Annual administration report of the Civil Veterinary Department, Sind - 1938-1939
Year: 1938
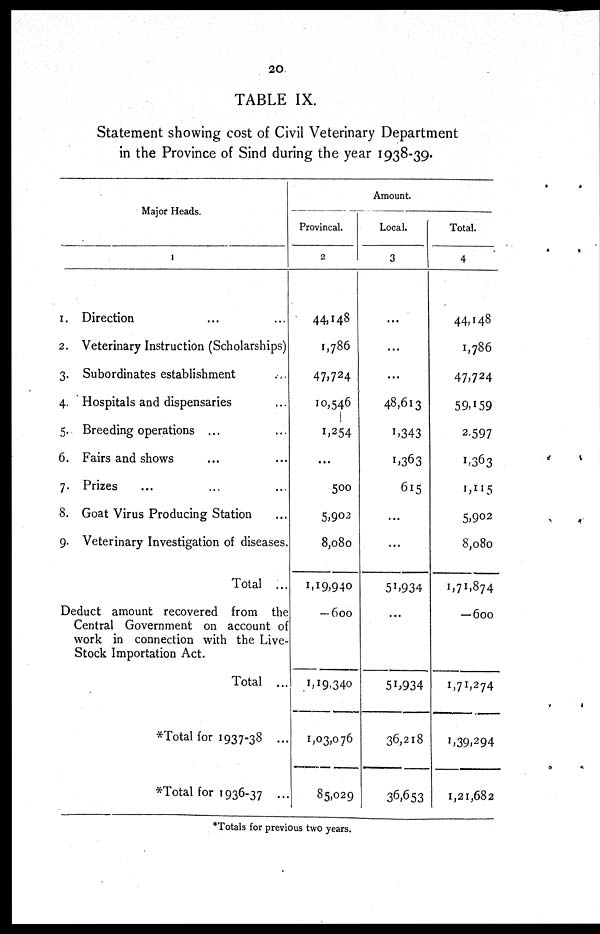
20
TABLE IX.
Statement showing cost of Civil Veterinary Department
in the Province of Sind during the year 1938-39.
Major Heads.
1
1. Direction ... ...
2. Veterinary Instruction (Scholarships)
3. Subordinates establishment ...
4. Hospitals and dispensaries ...
5. Breeding operations ... ...
6. Fairs and shows ... ...
7. Prizes ... ... ...
8. Goat Virus Producing Station ...
9. Veterinary Investigation of diseases.
Total ...
Deduct amount recovered from the
Central Government on account of
work in connection with the Live-
stock Importation Act.
Total ...
*Total for 1937-38 ...
*Total for 1936-37 ...
Amount.
Provincal.
2
44,148
1,786
47,724
10,546
1,254
...
500
5,902
8,080
1,19,940
— 600
1,19,340
1,03,076
85,029
Local.
3
...
...
...
48,613
1,343
1,363
615
...
...
51,934
...
51,934
36,218
36,653
Total.
4
44,148
1,786
47,724
59,159
2,597
1,363
1,115
5,902
8,080
1,71,874
— 600
1,71,274
1,39,294
1,21,682
*Totals for previous two years.